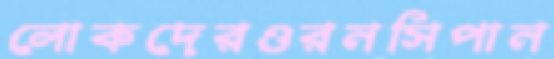
লোকদেরওরনসিপান